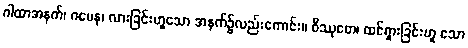
ဂါထာအနက်၊ ဂမေန၊ လားခြင်းဟူသော အနက်၌လည်းကောင်း။ ဝိဿုတေ၊ ထင်ရှားခြင်းဟူ သော